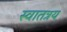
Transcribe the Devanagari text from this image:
स्वातत्रय